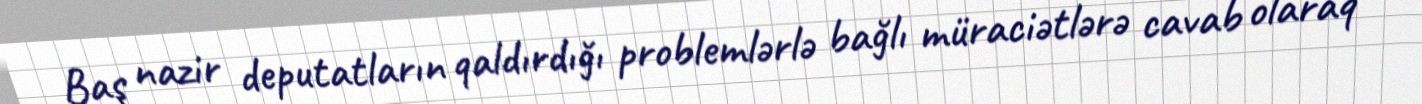
Baş nazir deputatların qaldırdığı problemlərlə bağlı müraciətlərə cavab olaraq